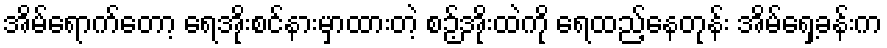
အိမ်ရောက်တော့ ရေအိုးစင်နားမှာထားတဲ့ စဉ့်အိုးထဲကို ရေထည့်နေတုန်း အိမ်ရှေ့ခန်းက